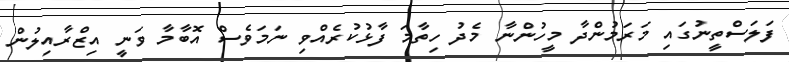
ފަލަސްތީނުގައި މަރަމުންދާ މީހުންނާ މެދު ހިތާމަ ފާޅުކުރެއްވި ނަަމަވެސް އޮބާމާ ވަނީ އިޒްރާއިލުން